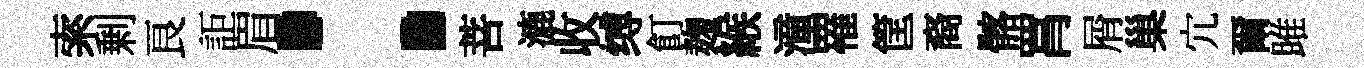
索剰良詎眉：菩漉收缚飣麹緱潼罹筐裔髂罥屑巢宂爾雎